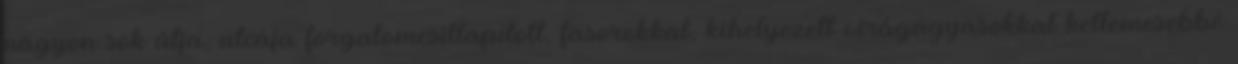
nagyon sok útja, utcája forgalomcsillapított, fasorokkal, kihelyezett virágágyasokkal kellemesebbé